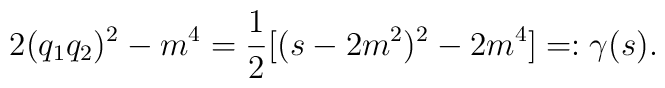
2(q_1q_2)^2-m^4 =\frac{1}{2} [(s-2m^2)^2 -2m^4] =:\gamma(s).